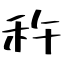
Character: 𫀩